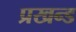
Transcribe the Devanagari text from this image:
प्रखन्ड